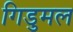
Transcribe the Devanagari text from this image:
गिडुमल